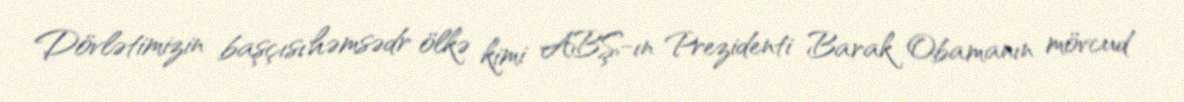
Dövlətimizin başçısı həmsədr ölkə kimi ABŞ-ın Prezidenti Barak Obamanın mövcud